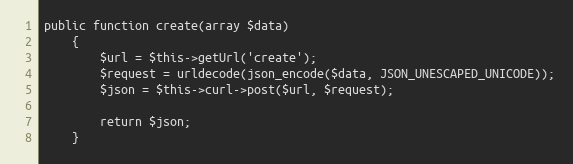
Language: PHP
public function create(array $data)
    {
        $url = $this->getUrl('create');
        $request = urldecode(json_encode($data, JSON_UNESCAPED_UNICODE));
        $json = $this->curl->post($url, $request);

        return $json;
    }